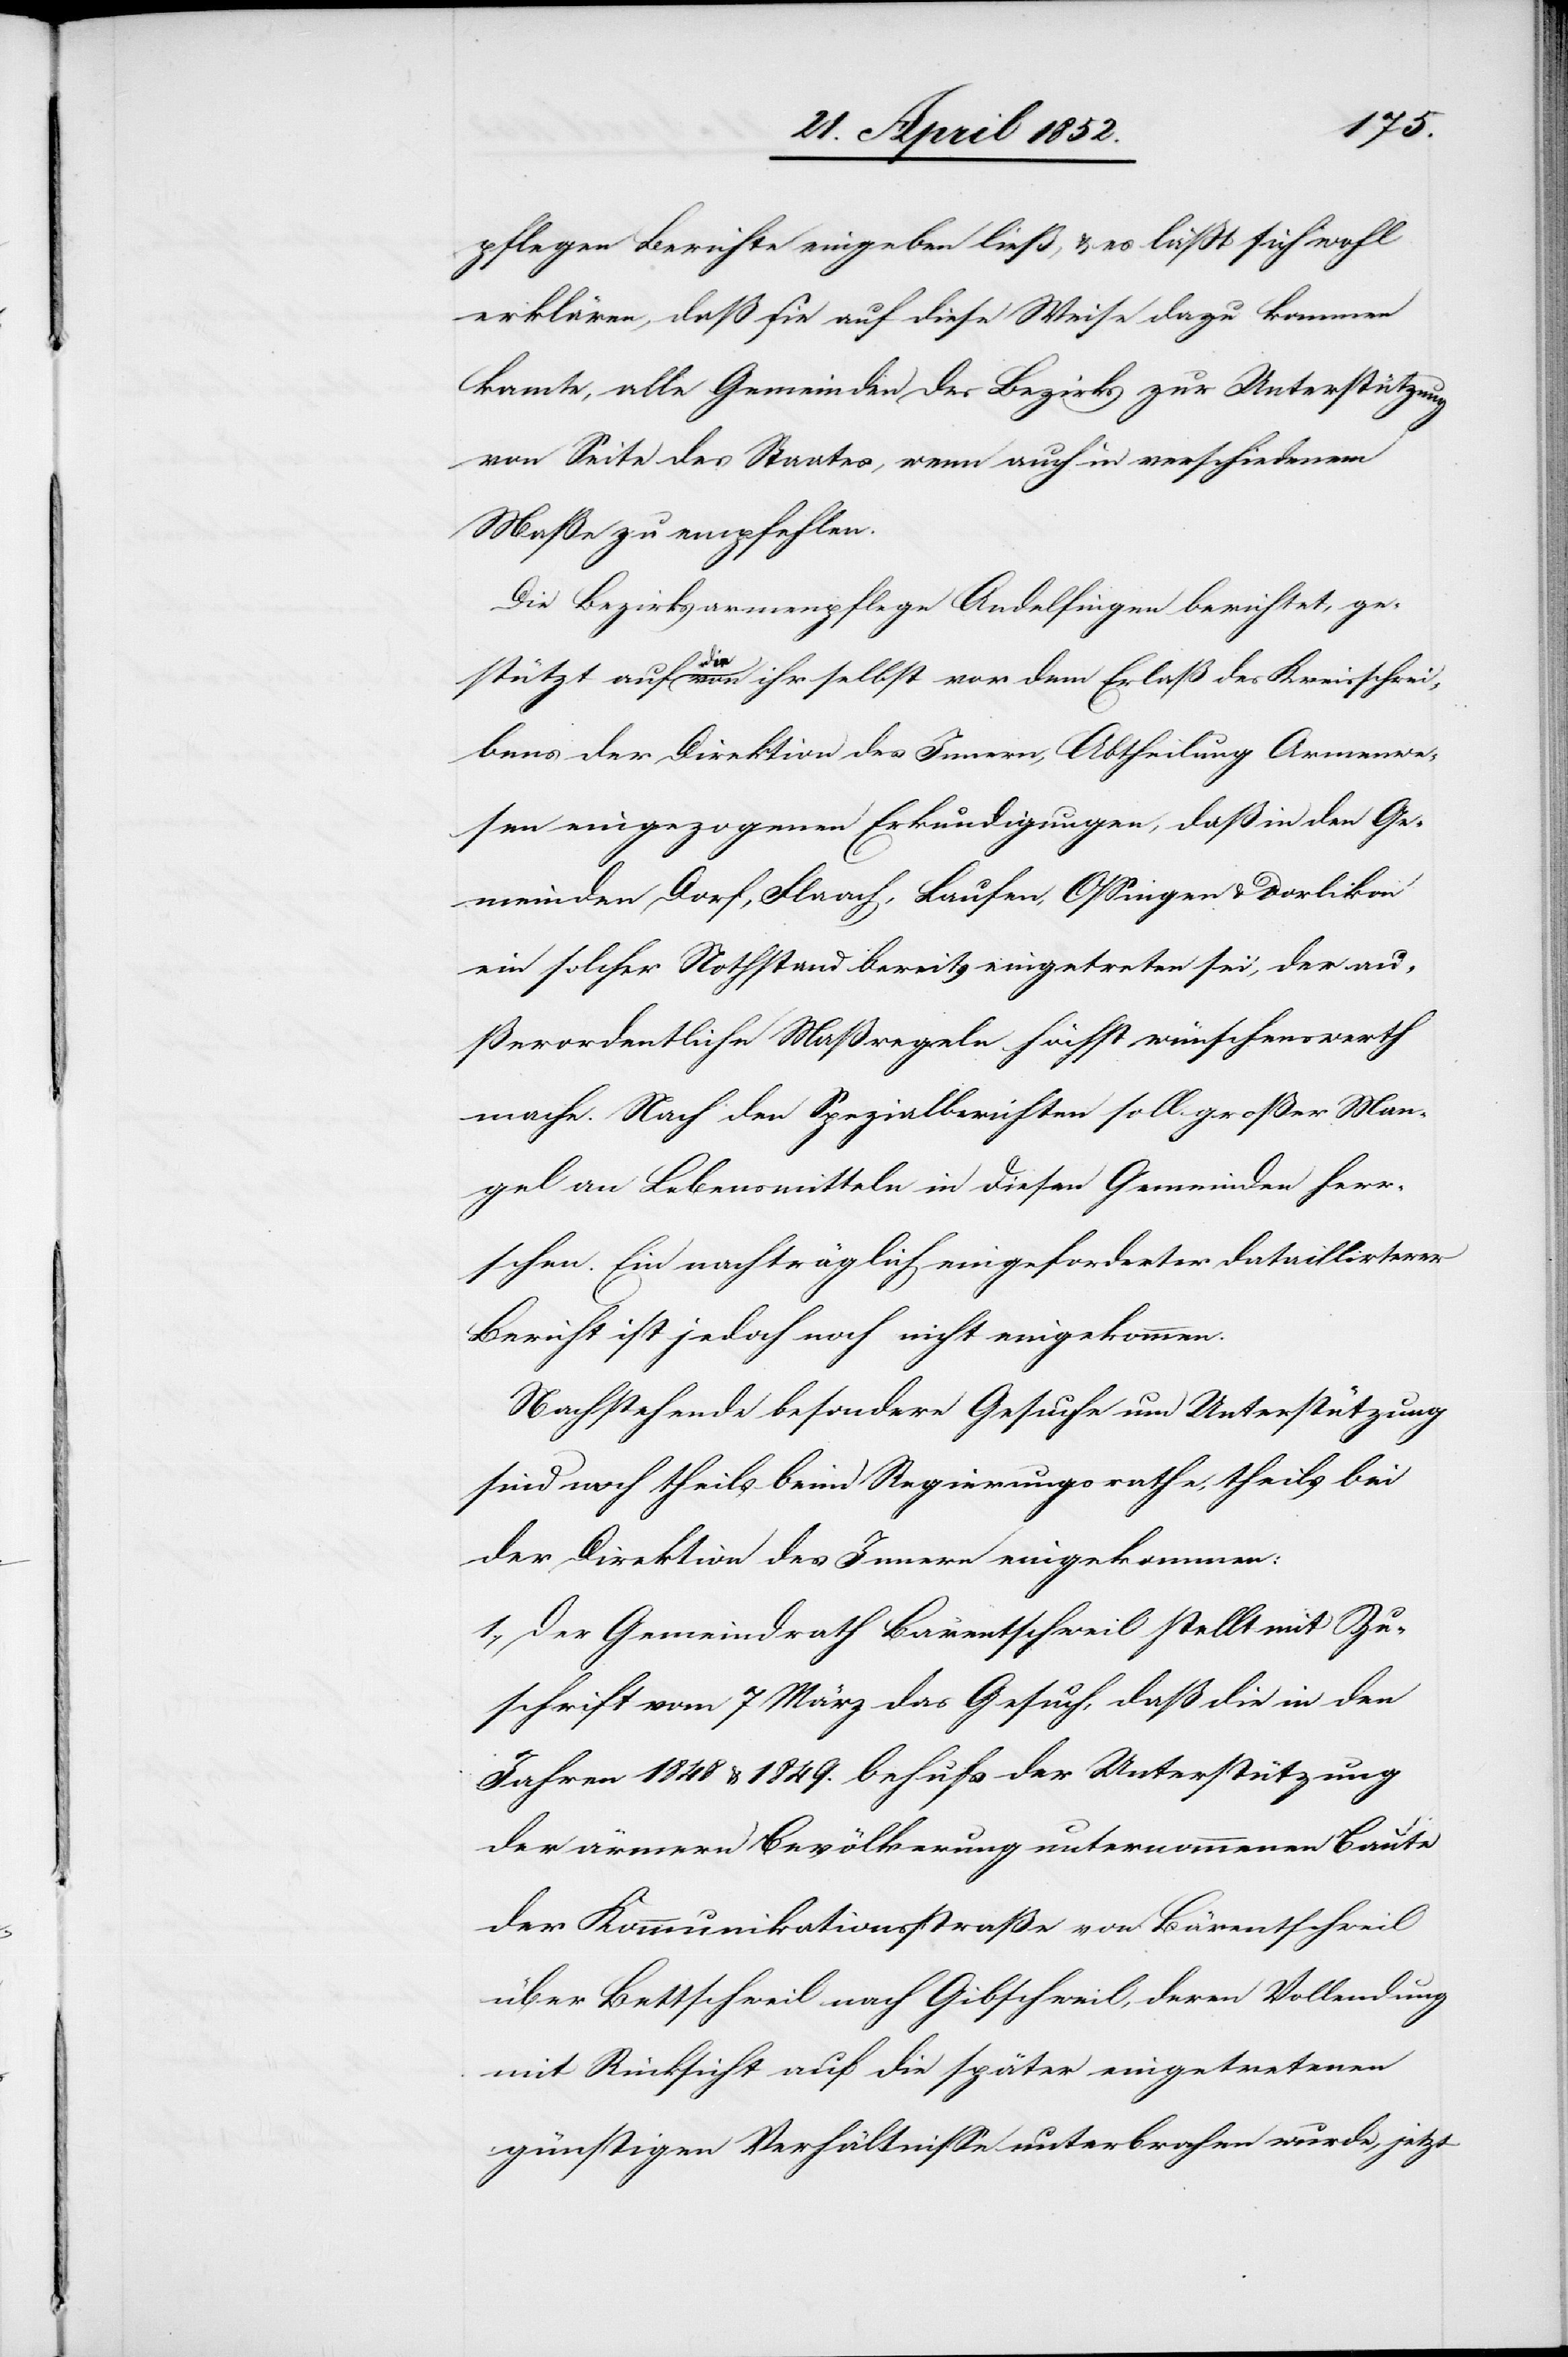
pflegen Berichte eingeben ließ, & es lässt sich wohl
erklären, daß sie auf diese Weise dazu kommen
konnte, alle Gemeinden des Bezirks zur Unterstützung
von Seite des Staates, wenn auch in verschiedenem
Maße zu empfehlen.
Die Bezirksarmenpflege Andelfingen berichtet, ge¬
stützt auf die von ihr selbst vor dem Erlaß des Kreisschrei¬
bens der Direktion des Innern, Abtheilung Armenwe¬
sen eingezogenen Erkundigungen, daß in den Ge¬
meinden Dorf, Flaach, Laufen, Ossingen & Dorlikon
ein solcher Nothstand bereits eingetreten sei, der au¬
ßerordentliche Maßregeln höchst wünschenswerth
mache. Nach den Spezialberichten soll großer Man¬
gel an Lebensmitteln in diesen Gemeinden herr¬
schen. Ein nachträglich eingeforderter dataillirterer
Bericht ist jedoch noch nicht eingekommen.
Nachstehende besondere Gesuche um Unterstützung
sind noch theils beim Regierungsrathe, theils bei
der Direktion des Innern eingekommen:
1., Der Gemeindrath Bärentschweil stellt mit Zu¬
schrift vom 7 März das Gesuch, daß die in den
Jahren 1848 & 1849. behufs der Unterstützung
der ärmern Bevölkerung unternommenen Baute
der Kommunikationsstraße von Bärentschweil
über Bettschweil nach Gibschweil, deren Vollendung
mit Rücksicht auf die später eingetretenen
günstigen Verhältnisse unterbrochen wurde, jetzt